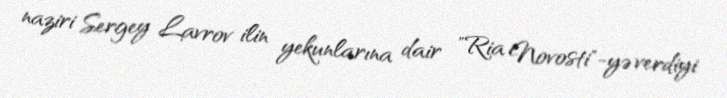
naziri Sergey Lavrov ilin yekunlarına dair "Ria Novosti"-yə verdiyi